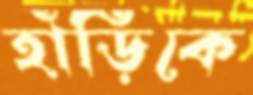
হাঁড়িকে